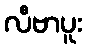
လီဗာပူး